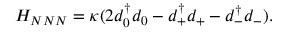
H _ { N N N } = \kappa ( 2 d _ { 0 } ^ { \dagger } d _ { 0 } - d _ { + } ^ { \dagger } d _ { + } - d _ { - } ^ { \dagger } d _ { - } ) .